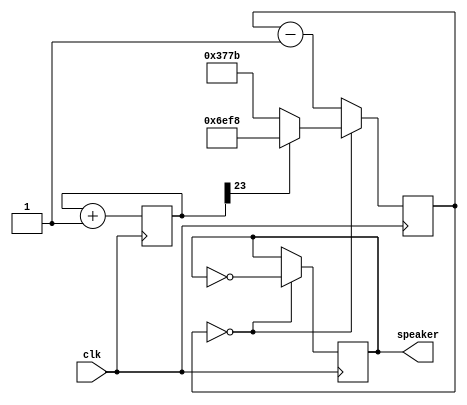
`timescale 1ns / 1ps

module music(clk, speaker);
	input clk;
	output speaker;
	
	parameter clkdivider = 25000000/440/2;
	
	reg [23:0] tone;
	always @(posedge clk)
		tone <= tone + 1;
		
	reg [14:0] counter;
	always @(posedge clk)
		if(counter == 0)
			counter <= (tone[23] ? clkdivider - 1 : clkdivider/2 - 1); 
		else
			counter <= counter - 1;
	 
	reg speaker;
	always @(posedge clk)
		if(counter == 0)
			speaker <= ~speaker;

endmodule